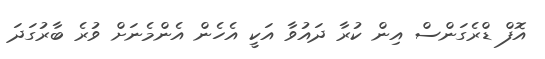
އޮފް ޑްރެގަންސް އިން ކުރާ ދައުވާ އަކީ އެހެން އެންމެނަށް ވުރެ ބާރުގަދަ